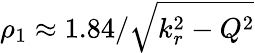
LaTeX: \rho_{1}\approx 1.84/\sqrt{k_{r}^{2}-Q^{2}}